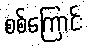
စစ်ကြောင်း